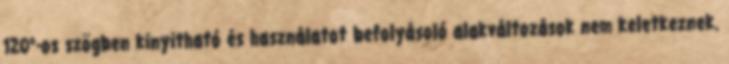
120°-os szögben kinyitható és használatot befolyásoló alakváltozások nem keletkeznek.